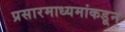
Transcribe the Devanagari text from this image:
प्रसारमाध्यमांकडून